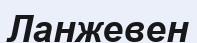
Ланжевен